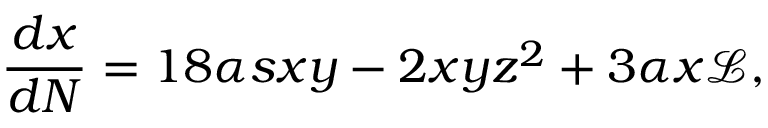
\frac { d x } { d N } = 1 8 \alpha s x y - 2 x y z ^ { 2 } + 3 \alpha x \mathcal { L } ,